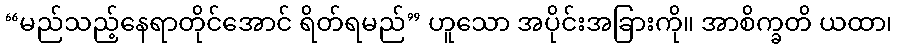
“မည်သည့်နေရာတိုင်အောင် ရိတ်ရမည်” ဟူသော အပိုင်းအခြားကို။ အာစိက္ခတိ ယထာ၊